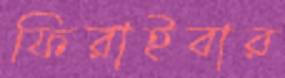
ফিরাইবার